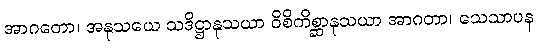
အာဂတော၊ အနုသယေ သဒိဋ္ဌာနုသယာ ဝိစိကိစ္ဆာနုသယာ အာဂတာ၊ သေသာပန